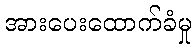
အားပေးထောက်ခံမှု